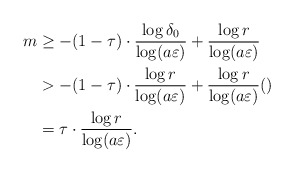
\begin{align*} m &\geq -(1-\tau)\cdot \frac{\log \delta_0}{\log(a\varepsilon)} + \frac{\log r}{\log(a\varepsilon)} \\ &> -(1-\tau)\cdot \frac{\log r}{\log(a\varepsilon)} + \frac{\log r}{\log(a\varepsilon)} () \\ &= \tau\cdot \frac{\log r}{\log(a\varepsilon)}.\end{align*}